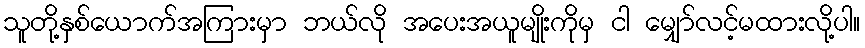
သူတို့နှစ်ယောက်အကြားမှာ ဘယ်လို အပေးအယူမျိုးကိုမှ ငါ မျှော်လင့်မထားလို့ပါ။